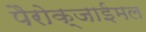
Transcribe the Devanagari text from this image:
पैरोक्जाईमल